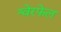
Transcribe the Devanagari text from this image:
श्वेरफेल